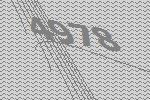
4978